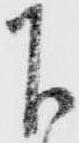
下